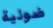
ضوئية